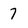
Character: 7